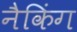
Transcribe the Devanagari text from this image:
नैकिंग